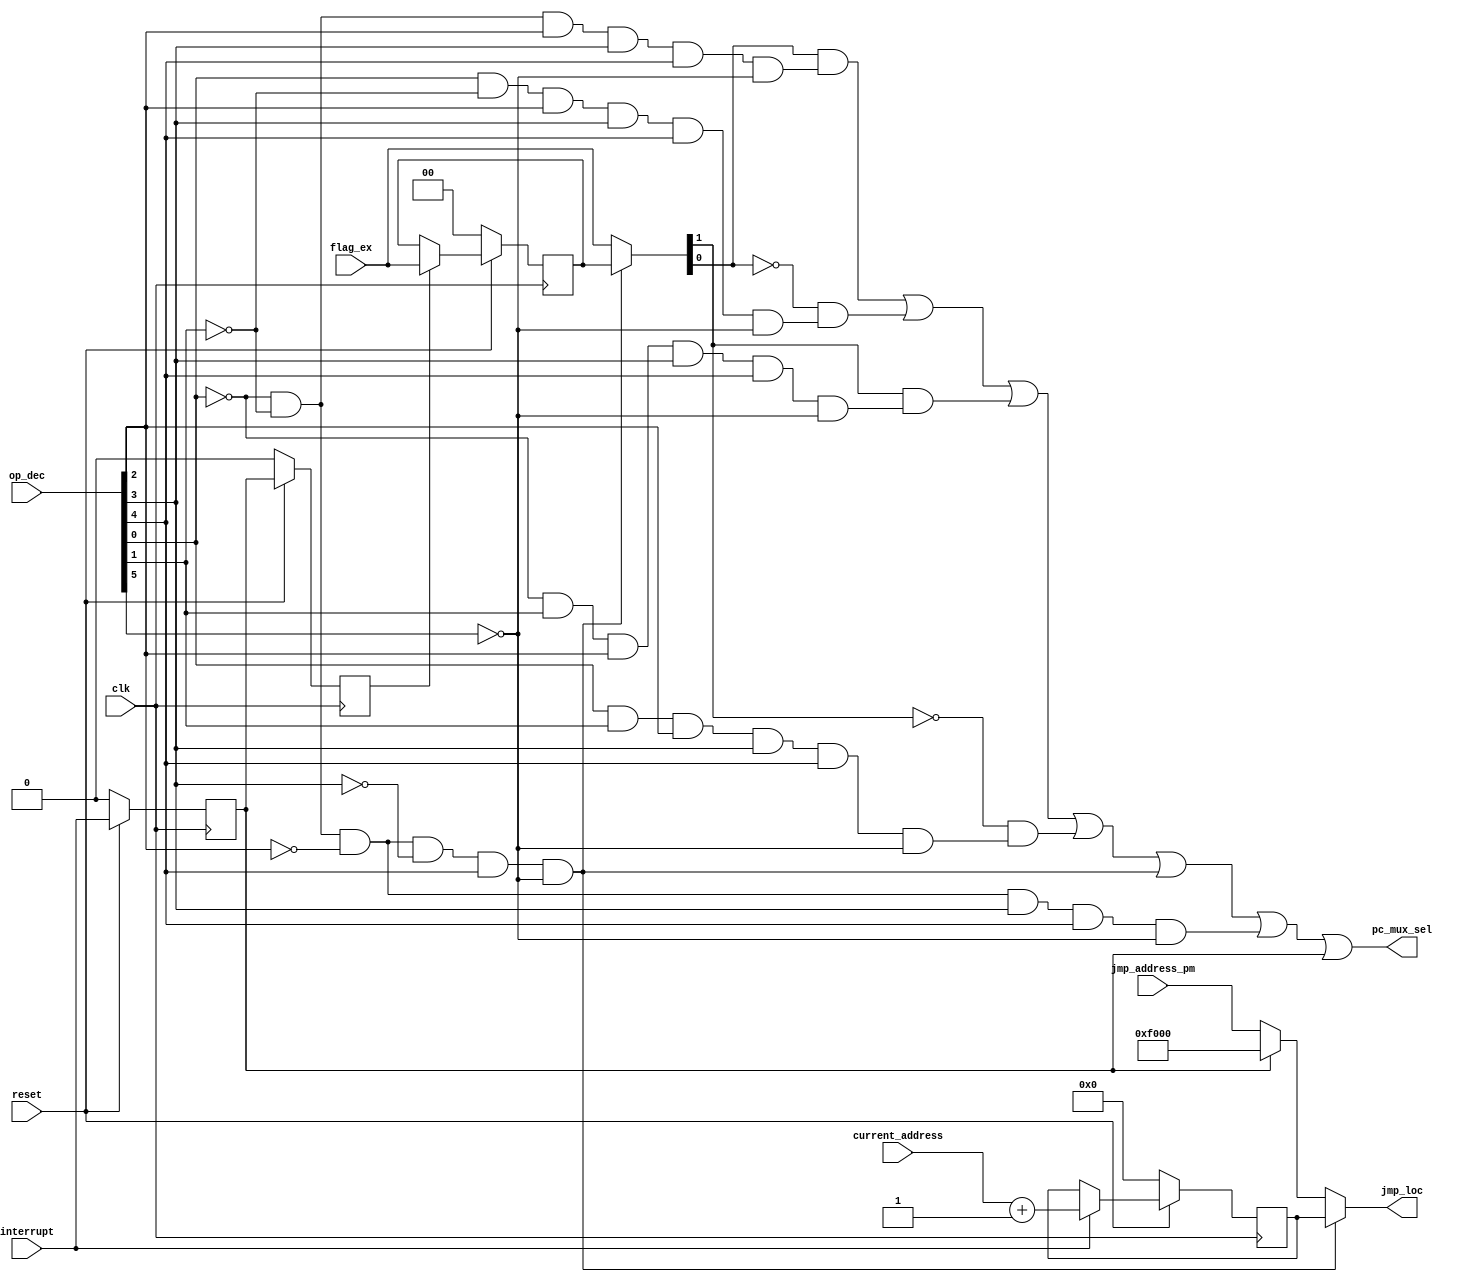
module Jump_Control_Module(jmp_loc,pc_mux_sel,jmp_address_pm,current_address,op_dec,flag_ex,interrupt,clk,reset);
output [15:0] jmp_loc;
output pc_mux_sel;

input [15:0] jmp_address_pm,current_address;
input [5:0] op_dec;
input clk,reset,interrupt;
input [1:0] flag_ex;

wire JV,JNV,JZ,JNZ,JMP,RET;

wire current_address_tmp;//for incrementor 
reg q1,q2;//for d flip-flop_dec_dec
wire q1_tmp,q2_tmp;

wire [15: 0] mux_inc;
wire [15: 0] reg_inc_tmp;
reg [15: 0] reg_inc;

wire [1:0] mux_flg;
wire [1:0] reg_flg_tmp;
reg [1:0] reg_flg;

wire [1:0] mux_flag;

wire [15:0] mux_add;

wire [15:0] mux_ret;

wire jnz_and,jz_and;
wire jnv_and,jv_and;

assign JV = (~op_dec[0] & ~op_dec[1] & op_dec[2] & op_dec[3] & op_dec[4] & ~op_dec[5]);
assign JNV = (op_dec[0] & ~op_dec[1] & op_dec[2] & op_dec[3] & op_dec[4] & ~op_dec[5]);
assign JZ = (~op_dec[0] & op_dec[1] & op_dec[2] & op_dec[3] & op_dec[4] & ~op_dec[5]);
assign JNZ = (op_dec[0] & op_dec[1] & op_dec[2] & op_dec[3] & op_dec[4] & ~op_dec[5]);
assign JMP = (~op_dec[0] & ~op_dec[1] & ~op_dec[2] & op_dec[3] & op_dec[4] & ~op_dec[5]);
assign RET = (~op_dec[0] & ~op_dec[1] & ~op_dec[2] & ~op_dec[3] & op_dec[4] & ~op_dec[5]);

//assign current_address_tmp = (current_address + 16'h0001);
 
assign mux_inc = (interrupt) ? (current_address +1'b1) : reg_inc;

assign reg_inc_tmp = (reset) ? mux_inc : 16'b0;

assign mux_flg = (q2) ? flag_ex : reg_flg;

assign reg_flg_tmp = (reset) ? mux_flg : 2'b0;

assign mux_flag = (RET) ? reg_flg : flag_ex;

assign mux_add = (q1) ? 16'b1111000000000000 : jmp_address_pm;

assign mux_ret = (RET) ? reg_inc : mux_add;

assign jmp_loc = mux_ret;

assign jnz_and = ~mux_flag[1] & JNZ;
assign jz_and = mux_flag[1] & JZ;

assign jnv_and = ~mux_flag[0] & JNV;
assign jv_and = mux_flag[0] & JV;

assign pc_mux_sel = jv_and | jnv_and | jz_and | jnz_and | RET | JMP | q1;
assign q1_tmp = (reset) ? interrupt : 1'b0;
assign q2_tmp = (reset) ? q1 : 1'b0;
always @ (posedge clk)
begin 
q1 <= q1_tmp;
q2 <= q2_tmp ;
reg_inc <= reg_inc_tmp;
reg_flg <= reg_flg_tmp;
end

endmodule